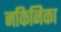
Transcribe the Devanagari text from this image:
नकिनिका